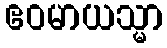
ဧဝမာယသ္မာ